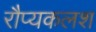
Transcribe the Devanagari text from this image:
रौप्यकलश